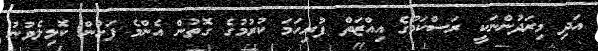
އަދި މިރަދުންނަކީ ރަސްކަމުގެ އިއްޒަތް ފުރިހަމަ ކުރުމުގެ ގޮތުން އެންމެ ފަހުން ކޮލިލެވުނު